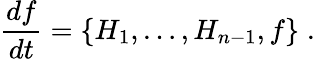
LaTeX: \frac{df}{dt}=\{ H_{1},\ldots,H_{n-1},f\} \; .